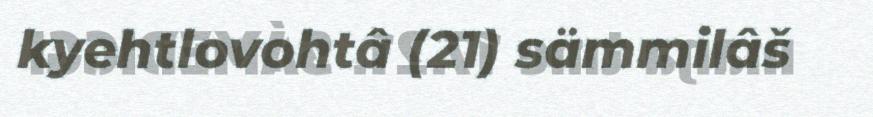
kyehtlovohtâ (21) sämmilâš